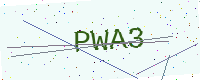
Text: PWA3